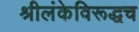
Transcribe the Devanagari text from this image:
श्रीलंकेविरूद्धच